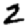
Digit: 2